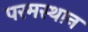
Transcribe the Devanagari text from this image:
परमस्थान